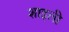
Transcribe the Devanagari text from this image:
शाइली